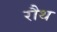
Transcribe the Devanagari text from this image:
रौथ